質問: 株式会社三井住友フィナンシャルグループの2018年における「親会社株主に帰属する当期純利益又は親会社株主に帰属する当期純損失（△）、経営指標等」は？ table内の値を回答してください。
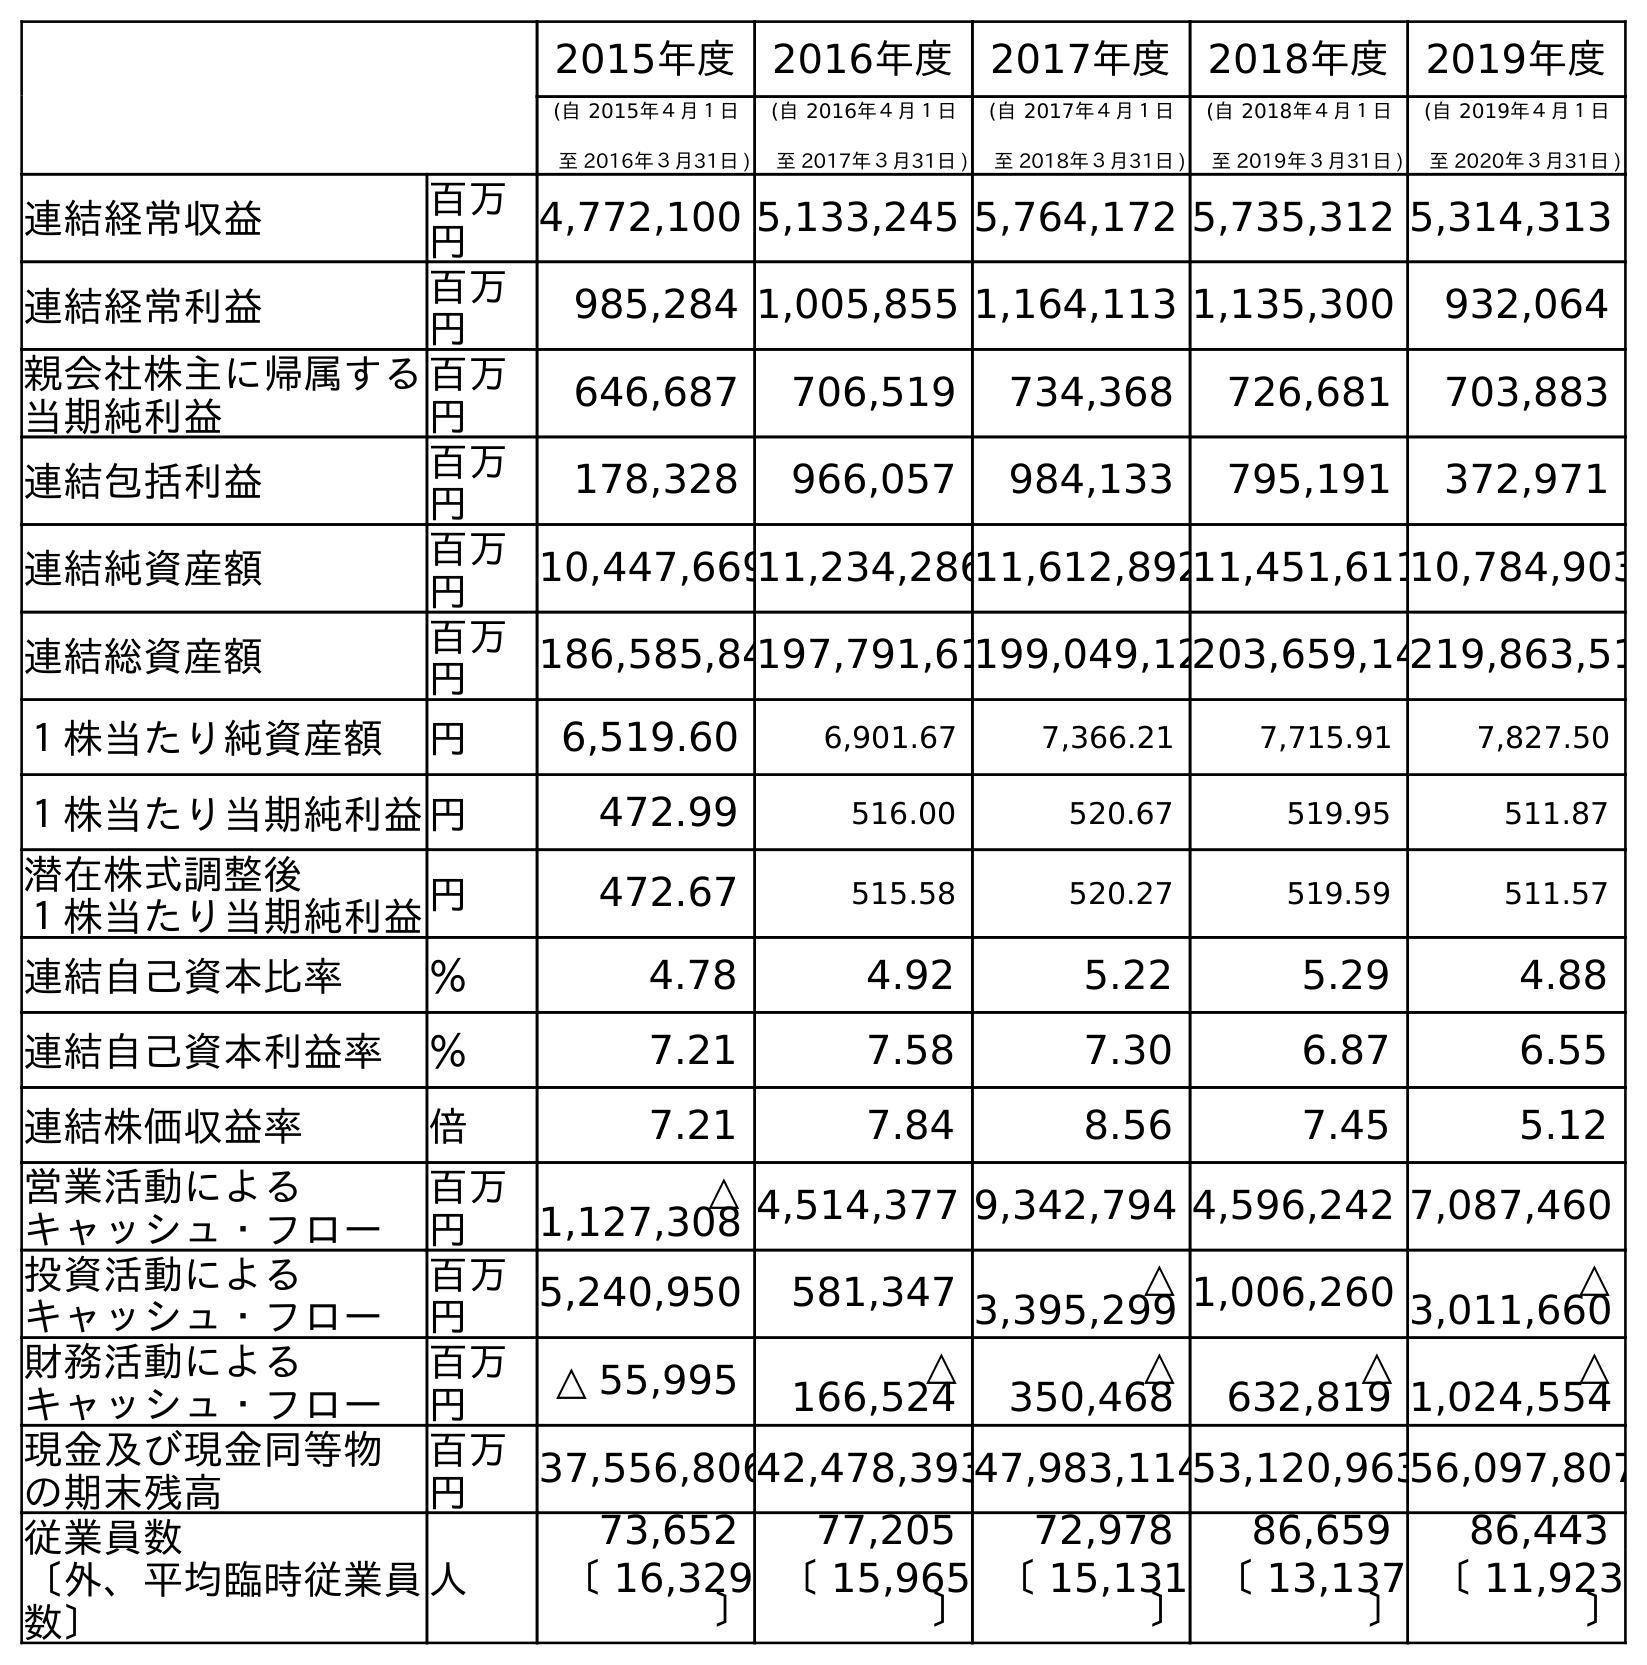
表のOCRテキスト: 2015年度 2016年度 2017年度 2018年度 2019年度 (自 2015年４月１日 至 2016年３月31日 ) (自 2016年４月１日 至 2017年３月31日 ) (自 2017年４月１日 至 2018年３月31日 ) (自 2018年４月１日 至 2019年３月31日 ) (自 2019年４月１日 至 2020年３月31日 ) 連結経常収益 百万 円 4,772,100 5,133,245 5,764,172 5,735,312 5,314,313 連結経常利益 百万 円 985,284 1,005,855 1,164,113 1,135,300 932,064 親会社株主に帰属する 当期純利益 百万 円 646,687 706,519 734,368 726,681 703,883 連結包括利益 百万 円 178,328 966,057 984,133 795,191 372,971 連結純資産額 百万 円 10,447,66911,234,28611,612,89211,451,61110,784,903 連結総資産額 百万 円 186,585,84197,791,61199,049,12203,659,14219,863,51 １株当たり純資産額 円 6,519.60 6,901.67 7,366.21 7,715.91 7,827.50 １株当たり当期純利益円 472.99 516.00 520.67 519.95 511.87 潜在株式調整後 １株当たり当期純利益円 472.67 515.58 520.27 519.59 511.57 連結自己資本比率 ％ 4.78 4.92 5.22 5.29 4.88 連結自己資本利益率 ％ 7.21 7.58 7.30 6.87 6.55 連結株価収益率 倍 7.21 7.84 8.56 7.45 5.12 営業活動による キャッシュ・フロー 百万 円 △ 1,127,308 4,514,377 9,342,794 4,596,242 7,087,460 投資活動による キャッシュ・フロー 百万 円 5,240,950 581,347 △ 3,395,299 1,006,260 △ 3,011,660 財務活動による キャッシュ・フロー 百万 円 △ 55,995 △ 166,524 △ 350,468 △ 632,819 △ 1,024,554 現金及び現金同等物 の期末残高 百万 円 37,556,80642,478,39347,983,11453,120,96356,097,807 従業員数 〔外、平均臨時従業員 数〕 人 73,652 77,205 72,978 86,659 86,443 〔 16,329 〕 〔 15,965 〕 〔 15,131 〕 〔 13,137 〕 〔 11,923 〕
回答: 734,368